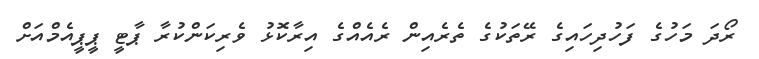
ރޯދަ މަހުގެ ފަހުދިހައިގެ ރޭތަކުގެ ތެރެއިން ރެއެއްގެ އިރާކޮޅު ވެރިކަންކުރާ ޕާޓީ ޕީޕީއެމްއަށް